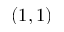
( 1 , 1 )